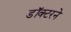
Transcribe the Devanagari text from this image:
डॉक्‍टरने